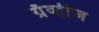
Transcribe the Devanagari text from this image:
ग्रॅव्हीज